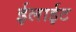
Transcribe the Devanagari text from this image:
ईलाईट